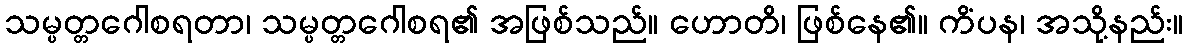
သမ္ပတ္တဂေါစရတာ၊ သမ္ပတ္တဂေါစရ၏ အဖြစ်သည်။ ဟောတိ၊ ဖြစ်နေ၏။ ကိံပန၊ အသို့နည်း။